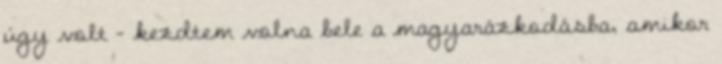
úgy volt - kezdtem volna bele a magyarázkodásba, amikor